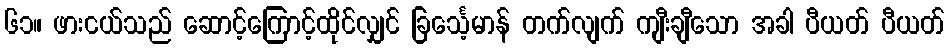
၆၁။ ဖားငယ်သည် ဆောင့်ကြောင့်ထိုင်လျှင် ခြင်္သေ့မာန် တက်လျက် ကျီးချီသော အခါ ပီယတ် ပီယတ်